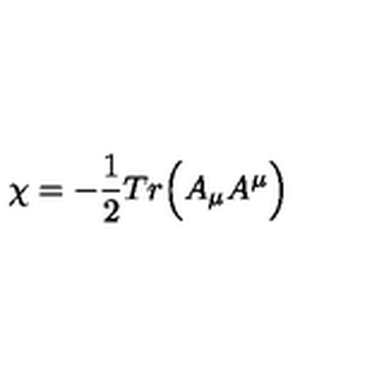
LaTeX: \chi = - { \frac { 1 } { 2 } } T r \Big ( A _ { \mu } A ^ { \mu } \Big )